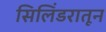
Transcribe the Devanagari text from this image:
सिलिंडरातून